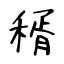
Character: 稰